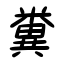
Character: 糞